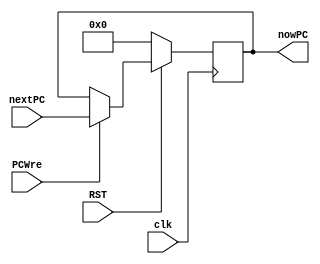
`timescale 1ns / 1ps
//////////////////////////////////////////////////////////////////////////////////
// Company: 
// Engineer: 
// 
// Design Name: 
// Module Name: PC
// Project Name: 
// Target Devices: 
// Tool Versions: 
// Description: 
// 
// Dependencies: 
// 
// Revision:
// Revision 0.01 - File Created
// Additional Comments:
// 
//////////////////////////////////////////////////////////////////////////////////


module PC(clk, RST, PCWre, nextPC, nowPC);
    input clk;
    input RST;
    input PCWre;
    input [31:0] nextPC;
    output reg [31:0] nowPC;
    
    always @(posedge clk) begin
        if (RST == 0) begin     //  RST0PC0
            nowPC <= 0;
        end
        else begin      //  PCWre1PCPC
            nowPC <= PCWre ? nextPC : nowPC;
        end
    end
endmodule